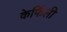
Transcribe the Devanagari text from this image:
केर्फिली